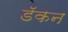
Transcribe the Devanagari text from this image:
डॅकन